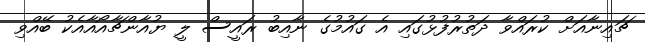
ޗައިނާއަށް ކުރައްވާ ދަތުރުފުޅުގައި އެ ގައުމުގެ ނާއިބު ރައީސް ލީ ޔުއާންޗާއޯއާއެކު ބޭއްވި